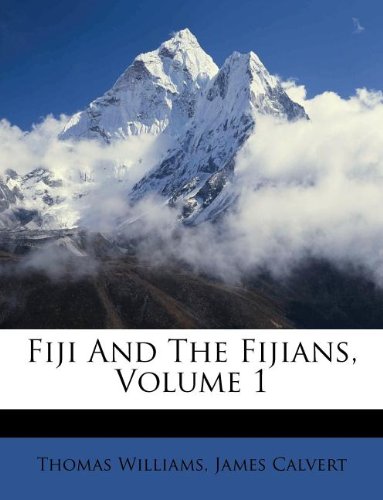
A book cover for Fiji And The Fijians, Volume 1; Thomas Williams; History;